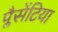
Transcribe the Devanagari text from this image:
प्लैसेंटिया